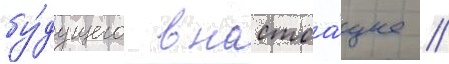
бу́дущего в настоа́щее //